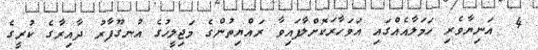
4  އަނިޔާވެރި ހަމަލާއެއްގައި އަވަހާރަކޮށްލާފައިވާ ރައްޔިތުންގެ މަޖިލީހުގެ އުނގޫފާރު ދާއިރާގެ ކުރީގެ